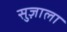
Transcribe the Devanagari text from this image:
सुज़ाला